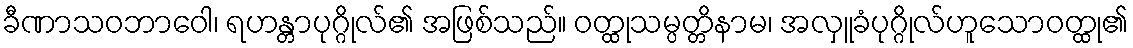
ခီဏာသဝဘာဝေါ၊ ရဟန္တာပုဂ္ဂိုလ်၏ အဖြစ်သည်။ ဝတ္ထုသမ္ပတ္တိနာမ၊ အလှူခံပုဂ္ဂိုလ်ဟူသောဝတ္ထု၏